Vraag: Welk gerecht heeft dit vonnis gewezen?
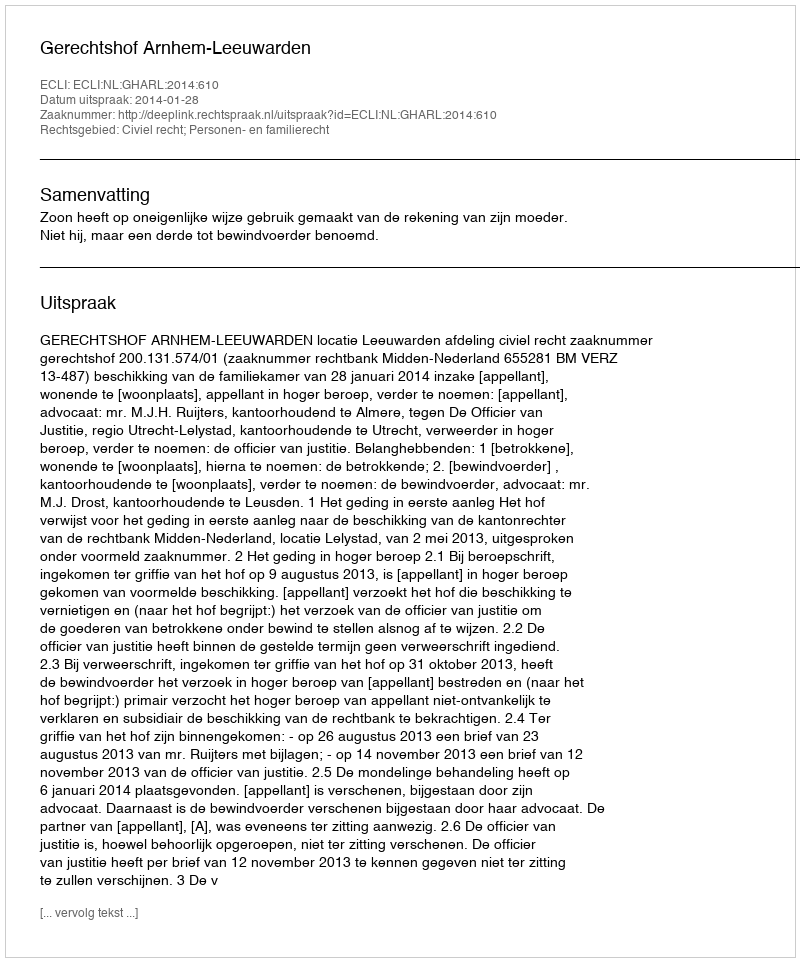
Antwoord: Gerechtshof Arnhem-Leeuwarden